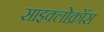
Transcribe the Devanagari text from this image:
साइक्लोक्रॉस